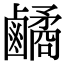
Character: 𪊀